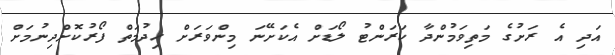
އަދި އެ ރަށުގެ މަތިވަމުންދާ ކަރަންޓު ލޯޑަށް އެކަށޭނަ މިންވަރަަށް ހިދުމަތް ފޯރުކޮށްދިނުމަށް